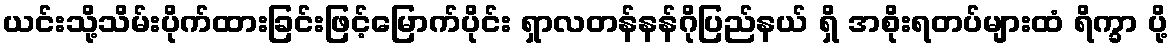
ယင်းသို့သိမ်းပိုက်ထားခြင်းဖြင့်မြောက်ပိုင်း ရှာလတန်နန်ဂိုပြည်နယ် ရှိ အစိုးရတပ်များထံ ရိက္ခာ ပို့